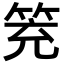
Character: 𥬱